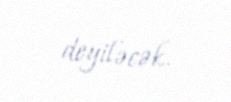
deyiləcək.